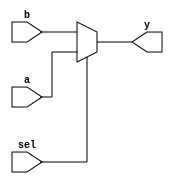
module Mux5bits(a, b, sel, y);
  input [4:0] a, b;
  input sel;
  output wire [4:0] y;
  assign y = sel ? a : b;
endmodule